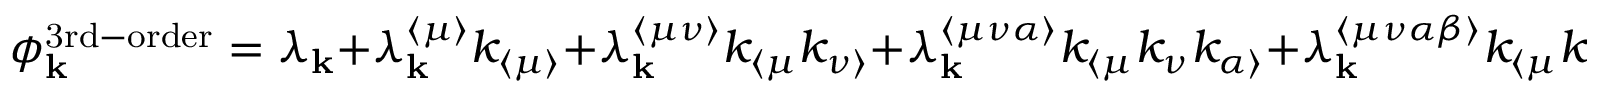
\phi _ { \mathbf { k } } ^ { \mathrm { 3 r d - o r d e r } } = \lambda _ { \mathbf { k } } + \lambda _ { \mathbf { k } } ^ { \langle \mu \rangle } k _ { \langle \mu \rangle } + \lambda _ { \mathbf { k } } ^ { \langle \mu \nu \rangle } k _ { \langle \mu } k _ { \nu \rangle } + \lambda _ { \mathbf { k } } ^ { \langle \mu \nu \alpha \rangle } k _ { \langle \mu } k _ { \nu } k _ { \alpha \rangle } + \lambda _ { \mathbf { k } } ^ { \langle \mu \nu \alpha \beta \rangle } k _ { \langle \mu } k _ { \nu } k _ { \alpha } k _ { \beta \rangle } + \mathcal { O } \left( k ^ { 5 } \right) .